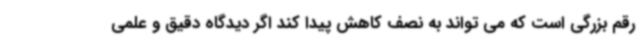
رقم بزرگی است که می تواند به نصف کاهش پیدا کند اگر دیدگاه دقیق و علمی